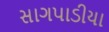
સાગપાડીયા